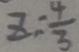
z = \frac { 4 } { 3 }